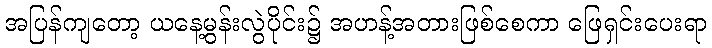
အပြန်ကျတော့ ယနေ့မွန်းလွဲပိုင်း၌ အဟန့်အတားဖြစ်စေကာ ဖြေရှင်းပေးရာ